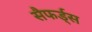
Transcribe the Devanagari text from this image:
सैफर्ड्स